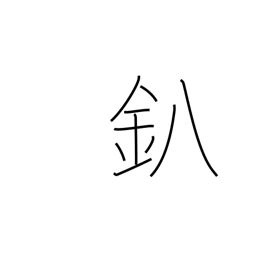
Meaning: forge